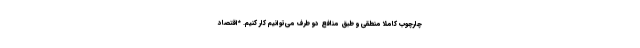
چارچوب کاملاً منطقی و طبق منافع دو طرف می‌توانیم کار کنیم. *اقتصاد